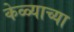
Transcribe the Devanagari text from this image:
केळ्याच्या